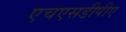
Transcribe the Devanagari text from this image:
एचएसडीपीए